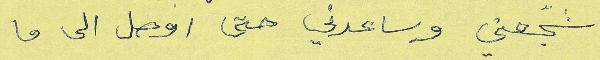
شجّعني وساعدني حتى اوصل الى ما